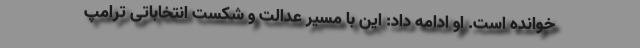
خوانده است. او ادامه داد: این با مسیر عدالت و شکست انتخاباتی ترامپ